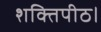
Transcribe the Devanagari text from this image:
शक्तिपीठ।